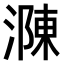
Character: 𣼼